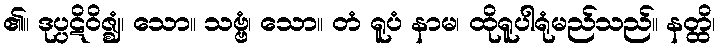
၏။ ဒုပ္ပဋိဝိဇ္ဈံ၊ သော။ သဗ္ဗံ၊ သော။ တံ ရူပံ နာမ၊ ထိုရူပါရုံမည်သည်။ နတ္ထိ၊